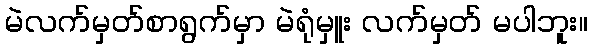
မဲလက်မှတ်စာရွက်မှာ မဲရုံမှူး လက်မှတ် မပါဘူး။